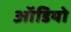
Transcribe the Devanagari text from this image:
आॅडियो